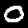
Digit: 0